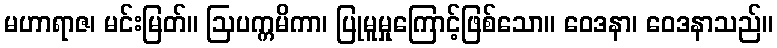
မဟာရာဇ၊ မင်းမြတ်။ ဩပက္ကမိကာ၊ ပြုမူမှုကြောင့်ဖြစ်သော။ ဝေဒနာ၊ ဝေဒနာသည်။